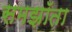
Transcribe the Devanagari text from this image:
समझॉता